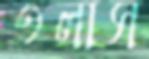
তলাস